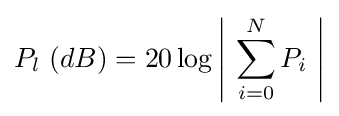
P_{l}~(dB)=20\log \left|~\sum _{i=0}^{N}P_{i}~\right|